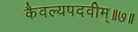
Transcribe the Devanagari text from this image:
कैवल्यपदवीम्॥७॥